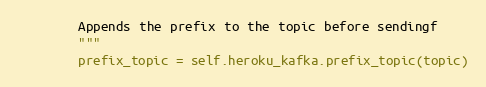
Language: Python
        Appends the prefix to the topic before sendingf
        """
        prefix_topic = self.heroku_kafka.prefix_topic(topic)